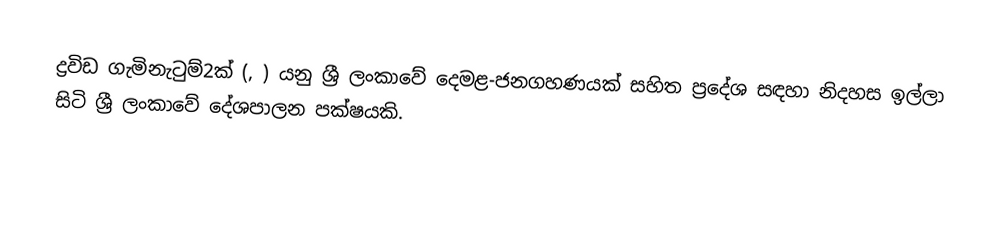
ද්‍රවිඩ ගැමිනැටුම්2ක්  (, ) යනු  ශ්‍රී ලංකාවේ  දෙමළ-ජනගහණයක් සහිත ප්‍රදේශ සඳහා නිදහස ඉල්ලා සිටි ශ්‍රී ලංකාවේ දේශපාලන පක්ෂයකි.